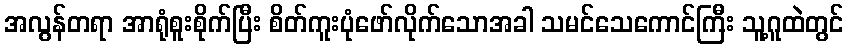
အလွန်တရာ အာရုံစူးစိုက်ပြီး စိတ်ကူးပုံဖော်လိုက်သောအခါ သမင်သေကောင်ကြီး သူ့ဂူထဲတွင်